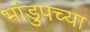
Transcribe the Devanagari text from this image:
भांडुपच्या